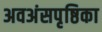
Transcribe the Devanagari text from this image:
अवअंसपृष्ठिका